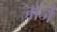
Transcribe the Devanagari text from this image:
जॉर्जे